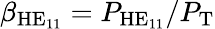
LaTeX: \beta_{\mathrm{HE}_{11}}=P_{\mathrm{HE}_{11}}/P_{\mathrm{T}}